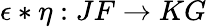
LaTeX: \epsilon*\eta:JF\to KG